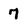
Character: 7